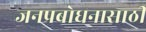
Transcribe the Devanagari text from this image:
जनप्रबोधनासाठी